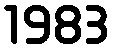
1983